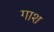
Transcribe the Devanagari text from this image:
गाश